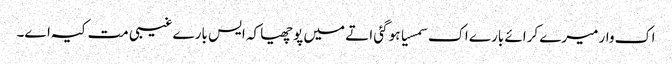
اک وار میرے کرائے بارے اک سمسیا ہو گئی اتے میں پوچھیا کہ ایس بارے غیبی مت کیہ اے۔